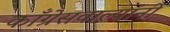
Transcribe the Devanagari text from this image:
काँग्रेसवाल्यांनी